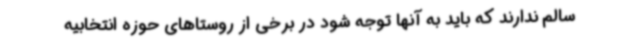
سالم ندارند که باید به آنها توجه شود در برخی از روستاهای حوزه انتخابیه